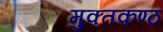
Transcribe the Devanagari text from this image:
मुक्तकण्ठ